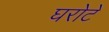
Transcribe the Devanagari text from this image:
घरोटे